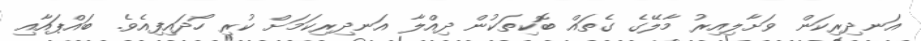
އަނދިރިކަން ވަށާލިއިރު މާލޭގެ ގެތައް ބޮކިތަކުން ދިއްލާ އަނދިރިކަމަށް ކުރި ހޯދައިފިއެވެ. ބައްޕައާއި